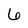
Character: 6